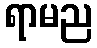
ရာမည